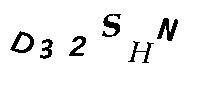
D32SHN